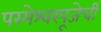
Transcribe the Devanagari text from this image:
परमेश्वरपूजेचीं